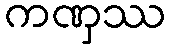
ကဏှဿ